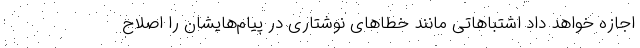
اجازه خواهد داد اشتباهاتی مانند خطاهای نوشتاری در پیام‌هایشان را اصلاح